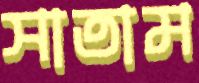
সাতাম